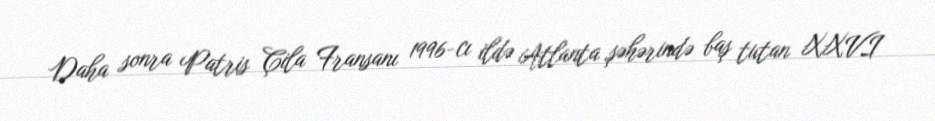
Daha sonra Patris Çila Fransanı 1996-cı ildə Atlanta şəhərində baş tutan XXVI